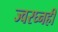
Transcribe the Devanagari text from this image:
ज्वरघ्नही